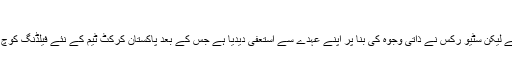
جان کر آپ بھی شدید غصے میں آ جائیں گے
مکی آرتھر آسٹریلوی سٹیو رکسن کو فیلڈنگ کوچ کی حیثیت سے لائے تھے لیکن سٹیو رکس نے ذاتی وجوہ کی بنا پر اپنے عہدے سے استعفیٰ دیدیا ہے جس کے بعد پاکستان کرکٹ ٹیم کے نئے فیلڈنگ کوچ کو منتخب کرنے کا اختیار بھی ہیڈ کوچ مکی آرتھر کو سونپ دیا گیا ہے۔